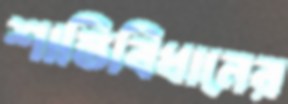
শাস্তিবিধানের